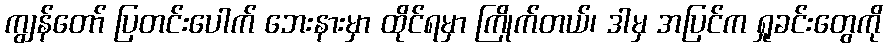
ကျွန်တော် ပြတင်းပေါက် ဘေးနားမှာ ထိုင်ရမှာ ကြိုက်တယ်၊ ဒါမှ အပြင်က ရှုခင်းတွေကို